Mental hospitals Bombay report 1921-28 - 1921-1928
Year: 1921
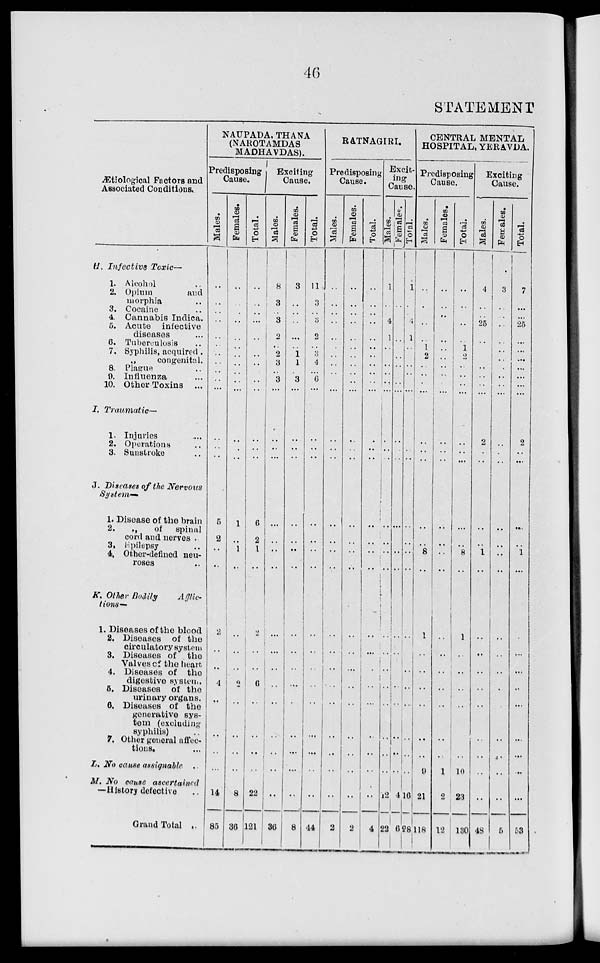
46
STATEMENT
Ætiological Factors and
Associated Conditions.
H. Infective Toxic—
1. Alcohol ..
2. Opium
and
morphia ..
3. Cocaine ..
4. Cannabis Indica.
5. Acute infective
diseases ...
6. Tuberculosis ..
7. Syphilis, acquired.
congenital.
8. Plague ..
9. Influenza ...
10. Other Toxins ...
I. Traumatic—
1. Injuries ...
2. Operations ..
3. Sunstroke ..
J. Diseases of the Nervous
System-
1. Disease of the brain
2.
„
of spinal
cord and nerves ..
3. Epilepsy ..
4. Other-defined neu-
roses ..
K. Other Bodily
Afflic-
tions—
1. Diseases of the blood
2. Diseases of the
circulatory system
3. Diseases of the
Valves of the heart
4. Diseases of the
digestive system.
5. Diseases of the
urinary organs.
6. Diseases of the
generative sys-
tem (excluding
syphilis)
7. Other general affec-
tions.
L. No cause assignable ..
M. No cause ascertained
—History defective ..
Grand Total ..
NAUPADA, THANA
(NAROTAMDAS
MADHAVDAS).
Predisposing
Cause.
Males.
..
..
..
..
..
..
..
..
..
..
...
..
..
..
5
2
..
..
2
..
..
4
..
..
..
..
14
85
Females.
..
..
..
..
..
..
..
..
..
..
...
..
..
..
1
..
1
..
..
..
..
2
..
..
..
..
8
36
Total.
..
..
..
...
..
..
..
..
..
..
..
..
..
..
6
2
1
..
2
..
..
6
..
..
..
..
22
121
Exciting
Cause.
Males.
8
3
..
3
2
..
2
3
..
3
...
..
..
..
..
..
..
..
..
..
..
..
..
..
..
..
..
36
Females.
3
..
..
..
...
..
1
1
..
3
...
..
..
..
..
..
..
..
..
..
..
..
..
..
..
..
..
8
Total.
11
3
..
3
2
..
3
4
..
6
...
..
..
..
..
..
..
..
..
..
..
..
..
..
..
..
..
44
RATNAGIRI.
Predisposing
Cause.
Males.
..
..
..
..
..
..
..
..
..
..
...
..
..
..
..
..
..
..
..
..
..
..
..
..
..
..
..
2
Females.
..
..
..
..
..
..
..
..
..
..
...
..
..
..
..
..
..
..
..
..
..
..
..
..
..
..
..
2
Total.
..
..
..
..
..
..
..
..
..
..
...
..
..
..
..
..
..
..
..
..
..
..
..
..
..
..
..
4
Excit-
ing
Cause.
Males.
1
..
..
4
1
..
..
..
..
..
...
..
..
..
..
..
..
..
..
..
..
..
..
..
..
..
12
22
Females.
..
..
..
..
..
..
..
..
..
..
...
..
..
..
..
..
..
..
..
..
..
..
..
..
..
..
4
6
Total.
1
..
..
4
1
..
..
..
..
..
...
..
..
..
...
..
..
..
..
..
..
..
..
..
..
. .
16
28
CENTRAL MENTAL
HOSPITAL, YERAVDA.
Predisposing
Cause.
Males.
..
..
..
..
..
1
2
..
..
..
...
..
..
..
..
..
8
..
1
..
..
..
..
..
..
9
21
118
Females.
..
..
..
..
..
..
..
..
..
..
...
..
..
..
..
..
..
..
..
..
..
..
..
..
..
1
2
12
Total.
..
..
..
..
..
1
2
..
..
..
...
..
..
..
..
..
8
..
1
..
..
..
..
..
..
10
23
130
Exciting
Cause.
Males.
4
..
..
25
..
..
..
..
..
..
...
2
..
..
..
..
1
..
..
..
..
..
..
..
..
..
..
48
Females.
3
..
..
..
..
..
..
..
..
..
...
..
..
..
..
..
..
..
..
..
..
..
..
..
..
..
..
5
Total.
7
..
..
25
..
...
...
...
..
...
...
2
..
..
..
..
1
..
..
..
..
..
...
...
..
...
...
53